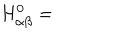
H _ { \alpha \beta } ^ { 0 } =